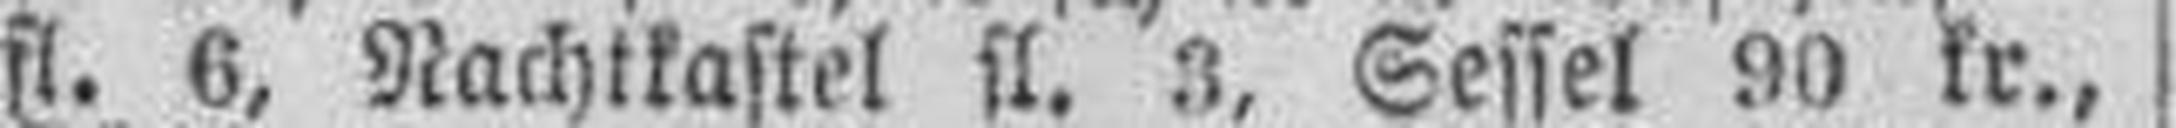
ft. 6, Nachlkastel ft. 3, Sessel 90 kr., I